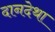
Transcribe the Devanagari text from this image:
दानदेथा